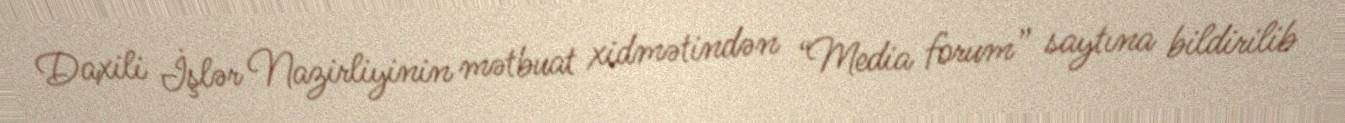
Daxili İşlər Nazirliyinin mətbuat xidmətindən “Media forum” saytına bildirilib